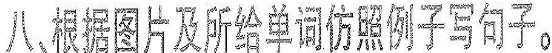
八根图片及所给单调仿照例子写句子。